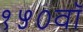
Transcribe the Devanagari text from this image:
१५०वॉ